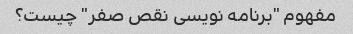
مفهوم "برنامه نویسی نقص صفر" چیست؟